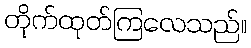
တိုက်ထုတ်ကြလေသည်။